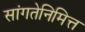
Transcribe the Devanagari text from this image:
सांगतेनिमित्त